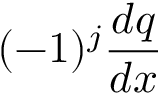
( - 1 ) ^ { j } \frac { d q } { d x }